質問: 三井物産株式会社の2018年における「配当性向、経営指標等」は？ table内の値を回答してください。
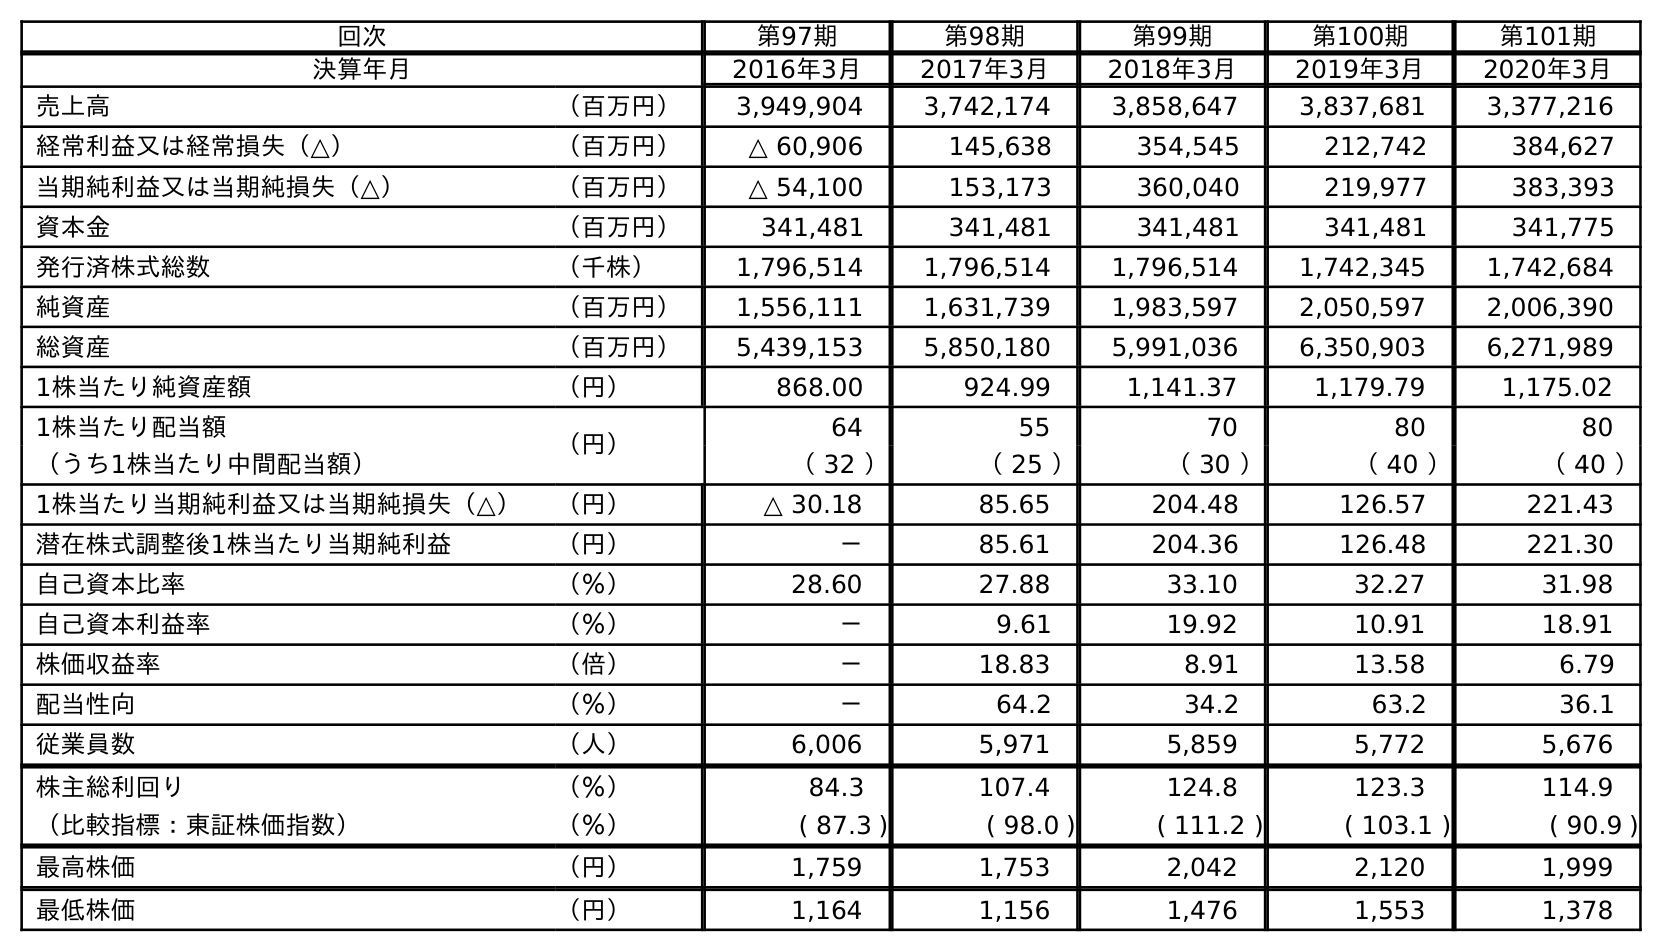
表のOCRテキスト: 回次 第97期 第98期 第99期 第100期 第101期 決算年月 2016年3月 2017年3月 2018年3月 2019年3月 2020年3月 売上高 （百万円） 3,949,904 3,742,174 3,858,647 3,837,681 3,377,216 経常利益又は経常損失（△） （百万円） △ 60,906 145,638 354,545 212,742 384,627 当期純利益又は当期純損失（△） （百万円） △ 54,100 153,173 360,040 219,977 383,393 資本金 （百万円） 341,481 341,481 341,481 341,481 341,775 発行済株式総数 （千株） 1,796,514 1,796,514 1,796,514 1,742,345 1,742,684 純資産 （百万円） 1,556,111 1,631,739 1,983,597 2,050,597 2,006,390 総資産 （百万円） 5,439,153 5,850,180 5,991,036 6,350,903 6,271,989 1株当たり純資産額 （円） 868.00 924.99 1,141.37 1,179.79 1,175.02 1株当たり配当額 （円） 64 55 70 80 80 （うち1株当たり中間配当額） （ 32 ） （ 25 ） （ 30 ） （ 40 ） （ 40 ） 1株当たり当期純利益又は当期純損失（△） （円） △ 30.18 85.65 204.48 126.57 221.43 潜在株式調整後1株当たり当期純利益 （円） － 85.61 204.36 126.48 221.30 自己資本比率 （％） 28.60 27.88 33.10 32.27 31.98 自己資本利益率 （％） － 9.61 19.92 10.91 18.91 株価収益率 （倍） － 18.83 8.91 13.58 6.79 配当性向 （％） － 64.2 34.2 63.2 36.1 従業員数 （人） 6,006 5,971 5,859 5,772 5,676 株主総利回り （％） 84.3 107.4 124.8 123.3 114.9 （比較指標：東証株価指数） （％） ( 87.3 ) ( 98.0 ) ( 111.2 ) ( 103.1 ) ( 90.9 ) 最高株価 （円） 1,759 1,753 2,042 2,120 1,999 最低株価 （円） 1,164 1,156 1,476 1,553 1,378
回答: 34.2